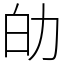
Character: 劰